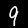
Label: 9